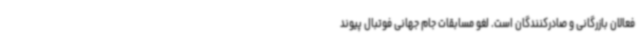
فعالان بازرگانی و صادرکنندگان است. لغو مسابقات جام جهانی فوتبال پیوند